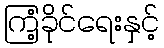
ကြံ့ခိုင်ရေးနှင့်